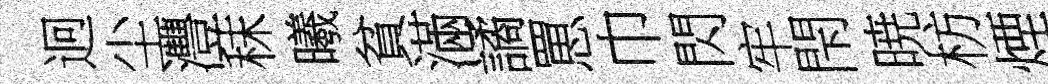
迥尘灃秣曦貧滿譎罳巾閃牢閇暁枋煙